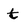
Character: t